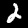
Label: 2